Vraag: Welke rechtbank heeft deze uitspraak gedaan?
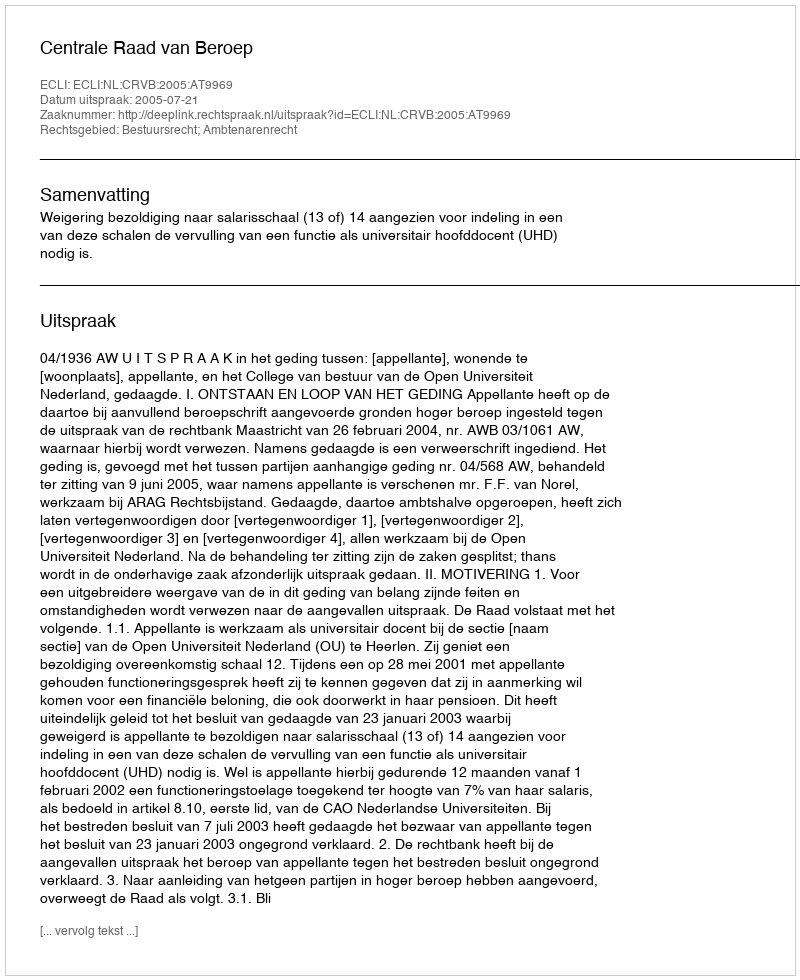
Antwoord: Centrale Raad van Beroep